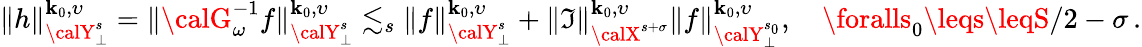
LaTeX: \| h\| _{{\calY}_{\bot}^{s}}^{\mathbf{k}_{0},\upsilon}=\| {\calG}_{\omega}^{-1}f\| _{{\calY}_{\bot}^{s}}^{\mathbf{k}_{0},\upsilon}\lesssim_{s}\| f\| _{{\calY}_{\bot}^{s}}^{\mathbf{k}_{0},\upsilon}+\| {\mathfrak{I}}\| _{{\calX}^{s+\sigma}}^{\mathbf{k}_{0},\upsilon}\| f\| _{{\calY}_{\bot}^{s_{0}}}^{\mathbf{k}_{0},\upsilon},\quad\foralls_{0}\leqs\leqS/2-\sigma\, .